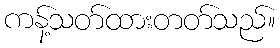
ကန့်သတ်ထားတတ်သည်။